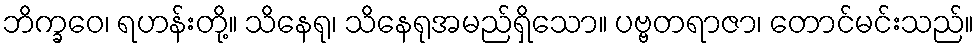
ဘိက္ခဝေ၊ ရဟန်းတို့။ သိနေရု၊ သိနေရုအမည်ရှိသော။ ပဗ္ဗတရာဇာ၊ တောင်မင်းသည်။